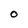
Character: O